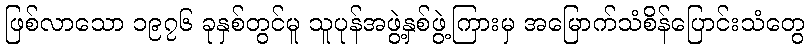
ဖြစ်လာသော ၁၉၇၆ ခုနှစ်တွင်မူ သူပုန်အဖွဲ့နှစ်ဖွဲ့ကြားမှ အမြောက်သံစိန်ပြောင်းသံတွေ